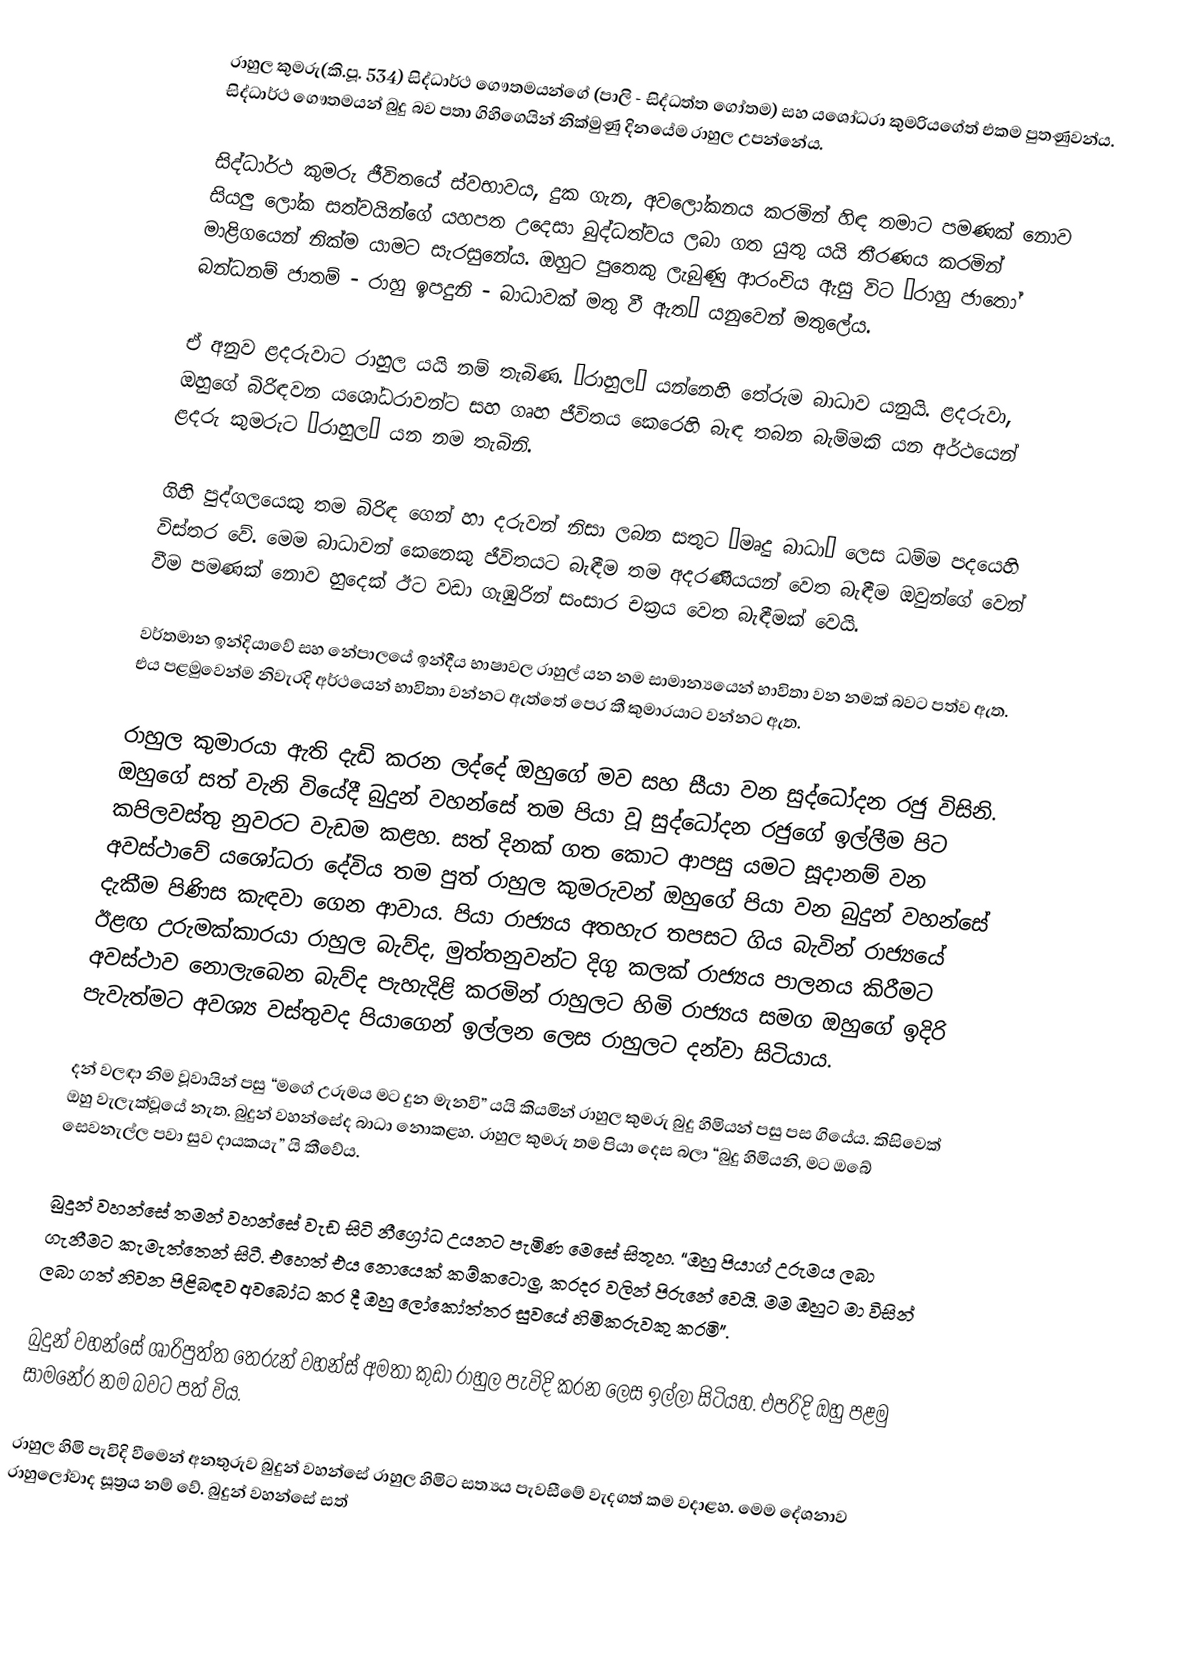
රාහුල කුමරු(කි.පූ. 534) සිද්ධාර්ථ ගෞතමයන්ගේ (පාලි - සිද්ධත්ත ගෝතම) සහ යශෝධරා කුමරියගේත් එකම පුතණුවන්ය. සිද්ධාර්ථ ගෞතමයන් බුදු බව පතා ගිහිගෙයින් නික්මුණු දිනයේම රාහුල උපන්නේය.

සිද්ධාර්ථ කුමරු ජීවිතයේ ස්වභාවය, දුක ගැන, අවලෝකනය කරමින් හිඳ තමාට පමණක් නොව සියලු ලෝක සත්වයින්ගේ යහපත උදෙසා බුද්ධත්වය ලබා ගත යුතු යයි තීරණය කරමින් මාළිගයෙන් නික්ම යාමට සැරසුනේය. ඔහුට පු‍තෙකු ලැබුණු ආරංචිය ඇසු විට “රාහු ජාතෝ බන්ධනම් ජාතම් - රාහු ඉපදුනි - බාධාවක් මතු වී ඇත” යනුවෙන් මතුලේය.

ඒ අනුව ළදරුවාට රාහුල යයි නම් තැබිණ. ‘රාහුල’ යන්නෙහි තේරුම බාධාව යනුයි. ළදරුවා, ඔහුගේ බිරිඳවන යශෝධරාවන්ට සහ ගෘහ ජීවිතය කෙරෙහි බැඳ තබන බැම්මකි යන අර්ථයෙන් ළදරු කුමරුට ‘රාහුල’ යන නම තැබිනි.

ගිහි පුද්ගලයෙකු තම බිරිඳ ගෙන් හා දරුවන් නිසා ලබන සතුට “මෘදු බාධා” ලෙස ධම්ම පදයෙහි විස්තර වේ. මෙම බාධාවන් කෙනෙකු ජීවිතයට බැඳීම තම අදරණීයයන් වෙත බැඳීම ඔවුන්ගේ වෙන් වීම පමණක් නොව හුදෙක් ඊට වඩා ගැඹුරින් සංසාර චක්‍රය වෙත බැඳීමක් වෙයි.

වර්තමාන ඉන්දියාවේ සහ නේපාලයේ ඉන්දීය භාෂාවල රාහුල් යන නම සාමාන්‍යයෙන් භාවිතා වන නමක් බවට පත්ව ඇත. එය පළමුවෙන්ම නිවැරදි අර්ථයෙන් භාවිතා වන්නට ඇත්තේ පෙර කී කුමාරයාට වන්නට ඇත.

රාහුල කුමාරයා ඇති දැඩි කරන ලද්දේ ඔහුගේ මව සහ සීයා වන සුද්ධෝදන රජු විසිනි. ඔහුගේ  සත් වැනි වියේදී බුදුන් වහන්සේ තම පියා වූ සුද්ධෝදන රජුගේ ඉල්ලීම පිට කපිලවස්තු නුවරට වැඩම  කළහ. සත් දිනක් ගත කොට ආපසු යමට සූදානම් වන අවස්ථාවේ යශෝධරා දේවිය තම පුත් රාහුල කුමරුවන් ඔහුගේ පියා වන බුදුන් වහන්සේ දැකීම පිණිස කැඳවා ගෙන ආවාය. පියා රාජ්‍යය අතහැර තපසට ගිය බැවින් රාජ්‍යයේ ඊළඟ  උරුමක්කාරයා රාහුල බැව්ද, මුත්තනුවන්ට දිගු කලක් රාජ්‍යය පාලනය කිරීමට අවස්ථාව නොලැබෙන බැව්ද පැහැදිළි කරමින්  රාහුලට හිමි රාජ්‍යය සමග ඔහුගේ ඉදිරි පැවැත්මට අවශ්‍ය වස්තුවද පියාගෙන් ඉල්ලන ලෙස රාහුලට දන්වා සිටියාය.

දන් වලඳා නිම වූවායින් පසු “මගේ උරුමය මට දුන මැනවි” යයි කියමින්  රාහුල කුමරු  බුදු හිමියන් පසු පස ගියේය. කිසිවෙක් ඔහු වැලැක්වූයේ නැත. බුදුන් වහන්සේද බාධා නොකළහ. රාහුල කුමරු තම පියා දෙස බලා “බුදු හිමියනි, මට ඔබේ සෙවනැල්ල පවා සුව දායකයැ” යි කීවේය.

බුදුන් වහන්සේ තමන් වහන්සේ වැඩ සිටි නීග්‍රෝධ උයනට පැමිණ මෙසේ සිතූහ. “ඔහු පියාග් උරුමය ලබා ගැනීමට කැමැත්තෙන් සිටී. එහෙත් එය නොයෙක් කම්කටොලු, කරදර වලින් පිරුනේ වෙයි. මම ඔහුට මා විසින් ලබා ගත් නිවන පිළිබඳව අවබෝධ කර දී ඔහු ලෝකෝත්තර සුවයේ හිමිකරුවකු කරමි”.

බුදුන් වහන්සේ ශාරිපුත්ත තෙරුන් වහන්ස් අමතා කුඩා රාහුල පැවිදි කරන ලෙස ඉල්ලා සිටියහ. එපරිදි ඔහු පළමු සාමනේර නම බවට පත් විය.

රාහුල හිමි පැවිදි වීමෙන් අනතුරුව බුදුන් වහන්සේ රාහුල හිමිට සත්‍යය පැවසීමේ වැදගත් කම වදාළහ. මෙම දේශනාව රාහුලෝවාද සූත්‍රය නම් වේ. බුදුන් වහන්සේ සත්